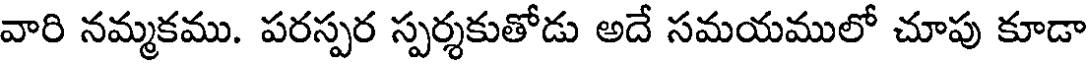
వారి నమ్మకము. పరస్పర స్పర్శకుతోడు అదే సమయములో చూపు కూడా